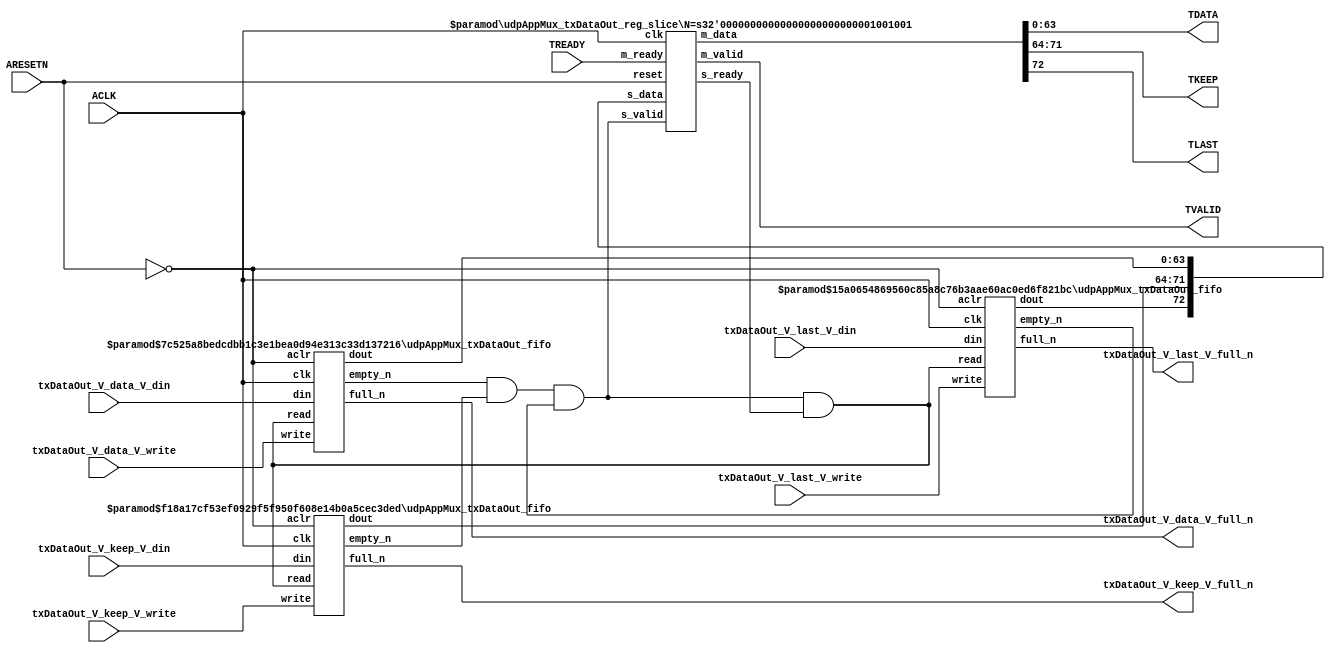
// ==============================================================
// File generated by Vivado(TM) HLS - High-Level Synthesis from C, C++ and SystemC
// Version: 2015.1
// Copyright (C) 2015 Xilinx Inc. All rights reserved.
// 
// ==============================================================


`timescale 1ns/1ps

module udpAppMux_txDataOut_if (
    // AXI4-Stream singals
    input  wire        ACLK,
    input  wire        ARESETN,
    output wire        TVALID,
    input  wire        TREADY,
    output wire [63:0] TDATA,
    output wire [7:0]  TKEEP,
    output wire [0:0]  TLAST,
    // User signals
    input  wire [63:0] txDataOut_V_data_V_din,
    output wire        txDataOut_V_data_V_full_n,
    input  wire        txDataOut_V_data_V_write,
    input  wire [7:0]  txDataOut_V_keep_V_din,
    output wire        txDataOut_V_keep_V_full_n,
    input  wire        txDataOut_V_keep_V_write,
    input  wire [0:0]  txDataOut_V_last_V_din,
    output wire        txDataOut_V_last_V_full_n,
    input  wire        txDataOut_V_last_V_write
);
//------------------------Local signal-------------------
// FIFO
wire [0:0]  fifo_read;
wire [0:0]  fifo_empty_n;
wire [63:0] txDataOut_V_data_V_dout;
wire [0:0]  txDataOut_V_data_V_empty_n;
wire [7:0]  txDataOut_V_keep_V_dout;
wire [0:0]  txDataOut_V_keep_V_empty_n;
wire [0:0]  txDataOut_V_last_V_dout;
wire [0:0]  txDataOut_V_last_V_empty_n;
// register slice
wire [0:0]  s_valid;
wire [0:0]  s_ready;
wire [72:0] s_data;
wire [0:0]  m_valid;
wire [0:0]  m_ready;
wire [72:0] m_data;

//------------------------Instantiation------------------
// rs
udpAppMux_txDataOut_reg_slice #(
    .N       ( 73 )
) rs (
    .clk     ( ACLK ),
    .reset   ( ARESETN ),
    .s_data  ( s_data ),
    .s_valid ( s_valid ),
    .s_ready ( s_ready ),
    .m_data  ( m_data ),
    .m_valid ( m_valid ),
    .m_ready ( m_ready )
);

// txDataOut_V_data_V_fifo
udpAppMux_txDataOut_fifo #(
    .DATA_BITS  ( 64 ),
    .DEPTH_BITS ( 4 )
) txDataOut_V_data_V_fifo (
    .clk        ( ACLK ),
    .aclr       ( ~ARESETN ),
    .empty_n    ( txDataOut_V_data_V_empty_n ),
    .full_n     ( txDataOut_V_data_V_full_n ),
    .read       ( fifo_read ),
    .write      ( txDataOut_V_data_V_write ),
    .dout       ( txDataOut_V_data_V_dout ),
    .din        ( txDataOut_V_data_V_din )
);

// txDataOut_V_keep_V_fifo
udpAppMux_txDataOut_fifo #(
    .DATA_BITS  ( 8 ),
    .DEPTH_BITS ( 4 )
) txDataOut_V_keep_V_fifo (
    .clk        ( ACLK ),
    .aclr       ( ~ARESETN ),
    .empty_n    ( txDataOut_V_keep_V_empty_n ),
    .full_n     ( txDataOut_V_keep_V_full_n ),
    .read       ( fifo_read ),
    .write      ( txDataOut_V_keep_V_write ),
    .dout       ( txDataOut_V_keep_V_dout ),
    .din        ( txDataOut_V_keep_V_din )
);

// txDataOut_V_last_V_fifo
udpAppMux_txDataOut_fifo #(
    .DATA_BITS  ( 1 ),
    .DEPTH_BITS ( 4 )
) txDataOut_V_last_V_fifo (
    .clk        ( ACLK ),
    .aclr       ( ~ARESETN ),
    .empty_n    ( txDataOut_V_last_V_empty_n ),
    .full_n     ( txDataOut_V_last_V_full_n ),
    .read       ( fifo_read ),
    .write      ( txDataOut_V_last_V_write ),
    .dout       ( txDataOut_V_last_V_dout ),
    .din        ( txDataOut_V_last_V_din )
);

//------------------------Body---------------------------
//++++++++++++++++++++++++AXI4-Stream++++++++++++++++++++
assign TVALID = m_valid;
assign TDATA  = m_data[63:0];
assign TKEEP  = m_data[71:64];
assign TLAST  = m_data[72:72];

//+++++++++++++++++++++++++++++++++++++++++++++++++++++++

//++++++++++++++++++++++++Reigister Slice++++++++++++++++
assign s_valid = fifo_empty_n;
assign m_ready = TREADY;
assign s_data  = {txDataOut_V_last_V_dout, txDataOut_V_keep_V_dout, txDataOut_V_data_V_dout};

//+++++++++++++++++++++++++++++++++++++++++++++++++++++++

//++++++++++++++++++++++++FIFO+++++++++++++++++++++++++++
assign fifo_read    = fifo_empty_n & s_ready;
assign fifo_empty_n = txDataOut_V_data_V_empty_n & txDataOut_V_keep_V_empty_n & txDataOut_V_last_V_empty_n;

//+++++++++++++++++++++++++++++++++++++++++++++++++++++++

endmodule



`timescale 1ns/1ps

module udpAppMux_txDataOut_fifo
#(parameter
    DATA_BITS  = 8,
    DEPTH_BITS = 4
)(
    input  wire                 clk,
    input  wire                 aclr,
    output wire                 empty_n,
    output wire                 full_n,
    input  wire                 read,
    input  wire                 write,
    output wire [DATA_BITS-1:0] dout,
    input  wire [DATA_BITS-1:0] din
);
//------------------------Parameter----------------------
localparam
    DEPTH = 1 << DEPTH_BITS;
//------------------------Local signal-------------------
reg                   empty;
reg                   full;
reg  [DEPTH_BITS-1:0] index;
reg  [DATA_BITS-1:0]  mem[0:DEPTH-1];
//------------------------Body---------------------------
assign empty_n = ~empty;
assign full_n  = ~full;
assign dout    = mem[index];

// empty
always @(posedge clk or posedge aclr) begin
    if (aclr)
        empty <= 1'b1;
    else if (empty & write & ~read)
        empty <= 1'b0;
    else if (~empty & ~write & read & (index==1'b0))
        empty <= 1'b1;
end

// full
always @(posedge clk or posedge aclr) begin
    if (aclr)
        full <= 1'b0;
    else if (full & read & ~write)
        full <= 1'b0;
    else if (~full & ~read & write & (index==DEPTH-2'd2))
        full <= 1'b1;
end

// index
always @(posedge clk or posedge aclr) begin
    if (aclr)
        index <= {DEPTH_BITS{1'b1}};
    else if (~empty & ~write & read)
        index <= index - 1'b1;
    else if (~full & ~read & write)
        index <= index + 1'b1;
end

// mem
always @(posedge clk) begin
    if (~full & write) mem[0] <= din;
end

genvar i;
generate
    for (i = 1; i < DEPTH; i = i + 1) begin : gen_sr
        always @(posedge clk) begin
            if (~full & write) mem[i] <= mem[i-1];
        end
    end
endgenerate

endmodule

`timescale 1ns/1ps

module udpAppMux_txDataOut_reg_slice
#(parameter
    N = 8   // data width
) (
    // system signals
    input  wire         clk,
    input  wire         reset,
    // slave side
    input  wire [N-1:0] s_data,
    input  wire         s_valid,
    output wire         s_ready,
    // master side
    output wire [N-1:0] m_data,
    output wire         m_valid,
    input  wire         m_ready
);
//------------------------Parameter----------------------
// state
localparam [1:0]
    ZERO = 2'b10,
    ONE  = 2'b11,
    TWO  = 2'b01;
//------------------------Local signal-------------------
reg  [N-1:0] data_p1;
reg  [N-1:0] data_p2;
wire         load_p1;
wire         load_p2;
wire         load_p1_from_p2;
reg          s_ready_t;
reg  [1:0]   state;
reg  [1:0]   next;
//------------------------Body---------------------------
assign s_ready = s_ready_t;
assign m_data  = data_p1;
assign m_valid = state[0];

assign load_p1 = (state == ZERO && s_valid) ||
                 (state == ONE && s_valid && m_ready) ||
                 (state == TWO && m_ready);
assign load_p2 = s_valid & s_ready;
assign load_p1_from_p2 = (state == TWO);

// data_p1
always @(posedge clk) begin
    if (load_p1) begin
        if (load_p1_from_p2)
            data_p1 <= data_p2;
        else
            data_p1 <= s_data;
    end
end

// data_p2
always @(posedge clk) begin
    if (load_p2) data_p2 <= s_data;
end

// s_ready_t
always @(posedge clk) begin
    if (~reset)
        s_ready_t <= 1'b0;
    else if (state == ZERO)
        s_ready_t <= 1'b1;
    else if (state == ONE && next == TWO)
        s_ready_t <= 1'b0;
    else if (state == TWO && next == ONE)
        s_ready_t <= 1'b1;
end

// state
always @(posedge clk) begin
    if (~reset)
        state <= ZERO;
    else
        state <= next;
end

// next
always @(*) begin
    case (state)
        ZERO:
            if (s_valid & s_ready)
                next = ONE;
            else
                next = ZERO;
        ONE:
            if (~s_valid & m_ready)
                next = ZERO;
            else if (s_valid & ~m_ready)
                next = TWO;
            else
                next = ONE;
        TWO:
            if (m_ready)
                next = ONE;
            else
                next = TWO;
        default:
            next = ZERO;
    endcase
end

endmodule